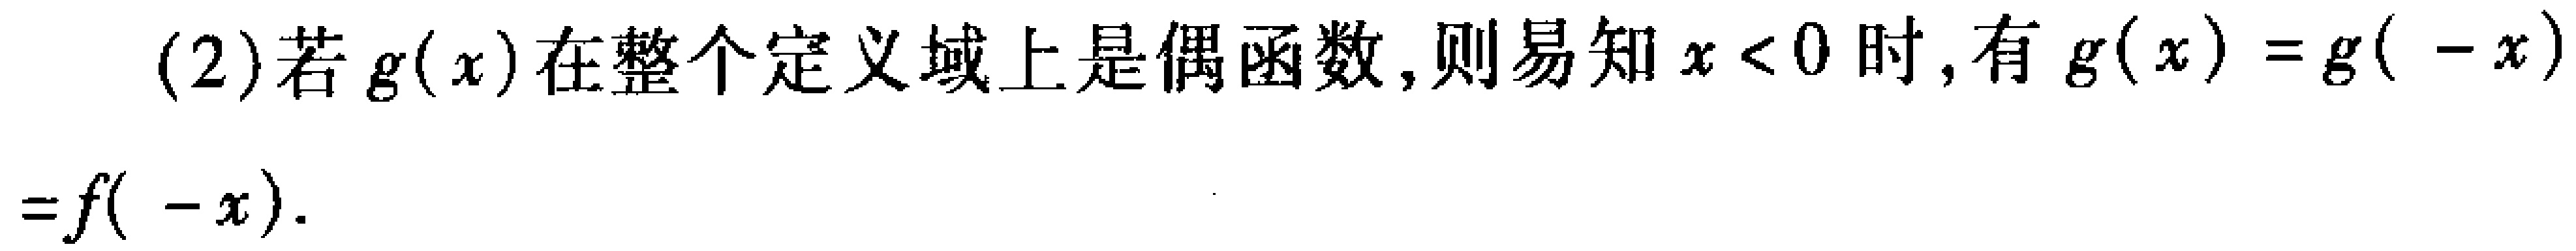
(2)若\(g(x)\)在整个定义域上是偶函数,则易知\(x < 0\)时,有\(g(x)=g( -x)\)

\(=f( -x)\).